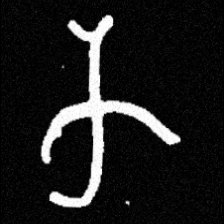
Pyu character \u2014 Myanmar letter: က (romanized: ka)